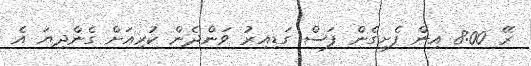
ރޭ 8:00 އިން ފެށިގެން ފަސް ގަޑިއިރު ވަންދެން ކުރިއަށް ގެންދިޔަ އެ